Lunatic asylums in Bengal annual reports 1899-1911 - 1899-1911
Year: 1899
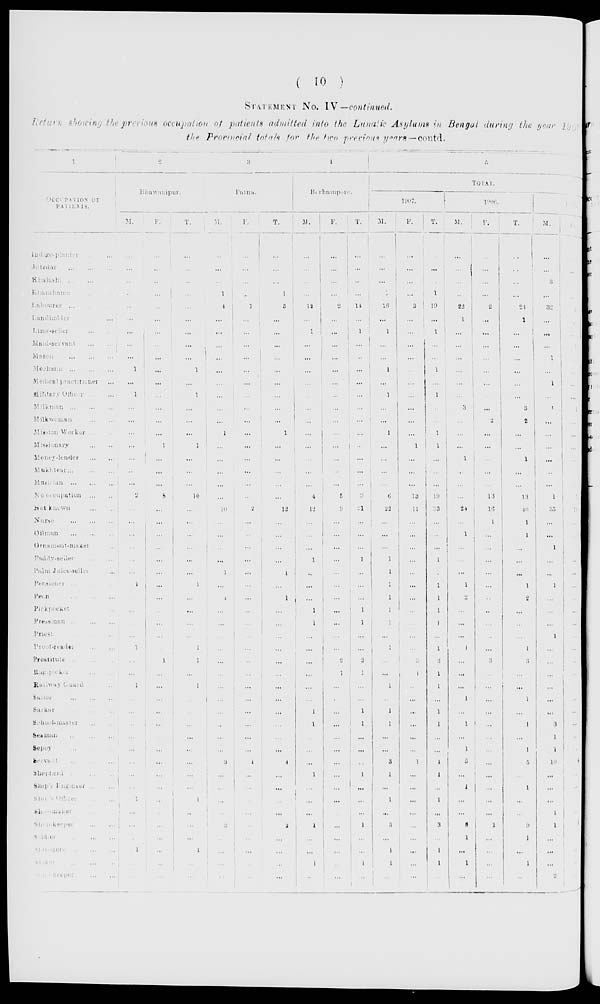
( 10 )
STATEMENT No. IV —continued.
Return showing the previous occupation of patients admitted into the Lunatic Asylums in Bengal during the year 1907
the Provincial totals for the two previous years—contd.
1
OCCUPATION OF
PATIENTS.
Indigo-planter ... ...
Jotedar
...
...
...
Khalashi ... ... ...
Khanshama
...
...
Labourer ... ... ...
Landholder ... ...
Lime-seller
...
...
Maid-servant
...
...
Mason
...
...
...
Mechanic
...
...
...
Medical practitioner ...
Military Officer ...
Milkman
...
...
Milkwoman
...
...
Mission Worker
...
...
Missionary
...
...
Money-lender
...
...
Mukhtear ... ... ...
Musician
...
...
...
No occupation
...
...
Not known ... ...
Nurse
...
...
...
Oilman
...
...
...
Ornament-maker ...
Paddy-seiler
...
...
Palm Juice-seller ...
Pensioner ... ... ...
Peon ... ... ...
Pickpocket ... ...
Pressman ... ... ...
Priest
...
...
...
Proof-reader ... ...
Prostitute
...
...
...
Rag-picker ... ...
Railway Guard ...
Sailor
...
...
...
Sarkar
...
...
...
School-master
...
...
Seaman
...
...
...
Sepoy
...
...
...
Servant ... ... ...
Shepherd
...
...
...
Ship's Engineer ... ...
Ship's Officer
...
...
Shoe-maker ... ...
Shop-keeper
...
...
Soldier
...
...
Stevedore
...
...
Stoker
...
...
Store keeper
...
...
2
Bhawanipur.
M.
...
...
...
...
...
...
...
...
...
1
...
1
...
...
...
...
...
...
...
2
...
...
...
...
...
...
1
...
...
...
...
1
...
...
1
...
...
...
...
...
...
...
...
1
...
...
...
1
...
...
F.
...
...
...
...
...
...
...
...
...
...
...
...
...
...
...
1
...
...
...
8
...
...
...
...
...
...
...
...
...
...
...
...
1
...
...
...
...
...
...
...
...
...
...
...
...
...
...
...
...
...
T.
...
...
...
...
...
...
...
...
...
1
...
1
...
...
...
1
...
...
...
10
...
...
...
...
...
...
1
...
...
...
...
1
1
...
1
...
...
...
...
...
...
...
...
1
...
...
...
1
...
...
3
Patna.
M.
...
...
...
1
4
...
...
...
...
...
...
...
...
...
1
...
...
...
...
...
10
...
...
...
...
1
...
1
...
...
...
...
...
...
...
...
...
...
...
...
3
...
...
...
...
2
...
...
...
...
F.
...
...
...
..
1
...
...
...
...
...
...
...
...
...
...
...
...
...
...
...
2
...
...
...
...
...
...
...
...
...
...
...
...
...
...
...
...
...
...
...
1
...
...
...
...
...
...
...
...
...
T.
...
...
...
1
5
...
...
...
...
...
...
...
...
...
1
...
...
...
...
...
12
...
...
...
...
1
...
1
...
...
...
...
...
...
...
...
...
...
...
...
4
...
...
...
...
2
...
...
...
...
4
Berhampore.
M.
...
...
...
...
12
...
1
...
...
...
...
...
...
...
...
...
...
...
...
4
12
...
...
...
1
...
...
...
1
1
...
...
...
...
...
...
1
1
...
...
...
1
...
...
...
1
...
...
...
...
F.
...
...
...
...
2
...
...
...
...
...
...
...
...
...
...
...
...
...
...
5
9
...
...
...
...
...
...
...
...
...
...
...
2
1
...
...
...
...
...
...
...
...
...
...
...
...
...
...
... ...
T.
...
...
...
...
14
...
1
...
...
...
...
...
...
...
...
...
...
...
...
9
21
...
...
...
1
...
...
...
1
1
...
...
2
1
...
...
1
1
..
...
...
1
...
...
...
1
...
...
1
...
5
TOTAL.
1907.
M.
...
...
...
1
16
...
1
...
...
1
...
1
...
...
1
...
...
...
...
6
22
...
...
...
1
1
1
1
1
1
...
1
...
...
1
...
1
1
...
...
3
1
...
1
...
3
...
1
1
...
F.
...
...
...
...
3
...
...
...
...
...
...
...
...
...
...
1
...
...
...
13
11
...
...
...
...
...
...
...
...
...
...
...
3
1
...
...
...
...
...
...
1
...
...
...
...
...
...
...
...
...
T.
...
...
...
1
19
...
1 ...
...
1
...
1
...
...
1
1
...
...
...
19
33
...
...
...
1
1
1
1
1
1
...
1
3
1
1
...
1
1
...
...
4
1
...
1
...
3
...
1
1
...
1906.
M.
...
...
...
...
22
1
...
...
...
...
...
...
3
...
...
...
1
...
...
...
24
...
1
...
...
...
1
2
...
...
...
1
...
...
...
1
...
1
...
1
5
...
1
...
...
8
1
...
1
...
F.
...
...
...
...
2
...
...
...
...
...
...
...
...
2
...
...
...
...
...
13
16
1
...
...
...
...
...
...
...
...
...
...
3
...
...
...
...
...
...
...
1
...
...
...
...
1
...
...
...
...
T.
...
...
...
...
24
1
...
...
...
...
...
...
3
2
...
...
1
...
...
13
40
1
1
...
...
...
1
2
...
...
...
1
3
...
...
1
...
1
...
1
5
...
1
...
...
9
1
...
1
...
1905.
M.
...
...
3
...
32
...
...
...
1
...
1
...
1
...
...
...
...
...
...
1
35
...
...
1
...
...
1
...
...
...
1
...
...
...
...
...
...
3
1
1
10
...
...
...
1
1
...
...
...
2
F.
...
...
...
...
2
....
...
1
...
...
...
...
1
...
...
...
...
...
...
5
19
...
...
...
...
...
...
...
...
...
...
...
...
...
...
...
...
...
...
...
4
...
...
...
...
1
...
...
...
...